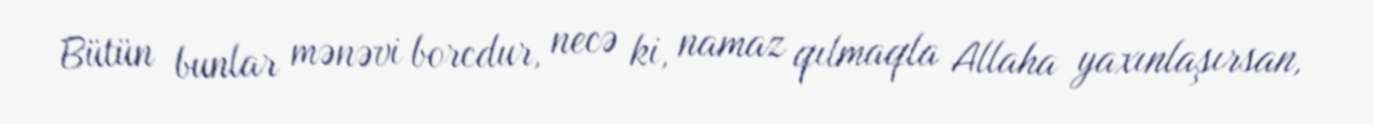
Bütün bunlar mənəvi borcdur, necə ki, namaz qılmaqla Allaha yaxınlaşırsan,